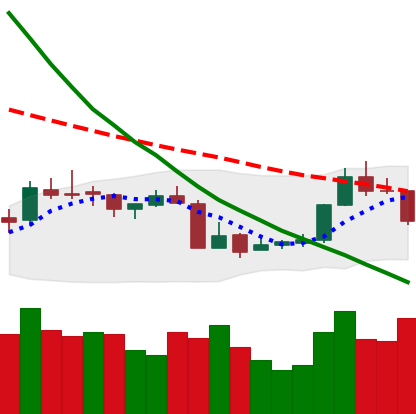
Ticker: XMR-USD
Chart end date: 2018-07-20
Forward return: 9.652%
Label: up_7plus